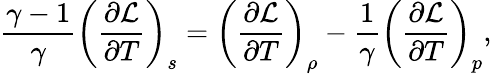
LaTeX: \frac{\gamma-1}{\gamma}\left(\frac{\partial\mathcal{L}}{\partial T}\right)_{s}=\left(\frac{\partial\mathcal{L}}{\partial T}\right)_{\rho}-\frac{1}{\gamma}\left(\frac{\partial\mathcal{L}}{\partial T}\right)_{p},